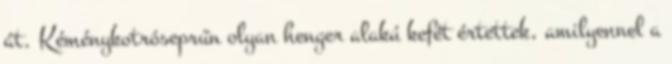
át. Kéménykotróseprűn olyan henger alakú kefét értettek, amilyennel a